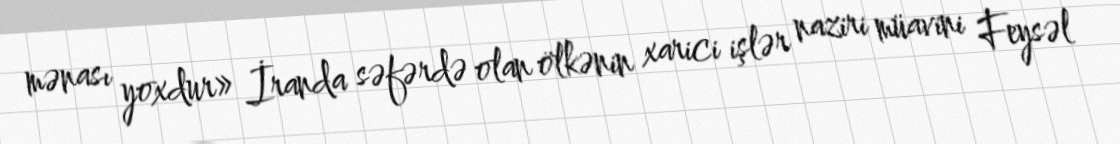
mənası yoxdur» İranda səfərdə olan ölkənin xarici işlər naziri müavini Feysəl